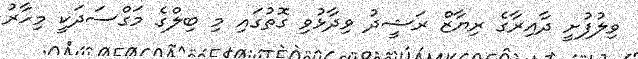
ވިލުފުށީ ދާއިރާގެ ރިޔާޒް ރަޝީދު ވިދާޅުވި ގޮތުގައި މި ބިލްގެ މަގްސަދަކީ މިހާރު